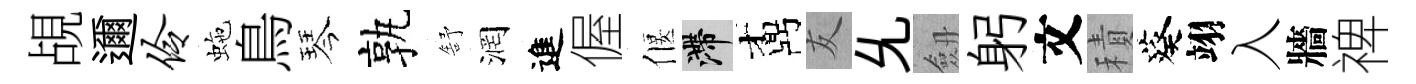
覘邇伶虵鳥琴孰舒润進偓偃滯鼒友𠃔劔躬文積葵翊入牆禆